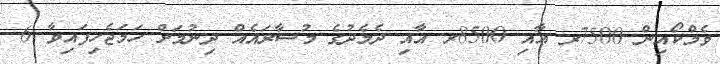
ވެމްކޯއިން 7500ރ އާއި 8500ރ އާއި ދެމެދުގެ މުސާރައެއް ދިނުމަށް ހަމަޖެހިފައިވާ 6